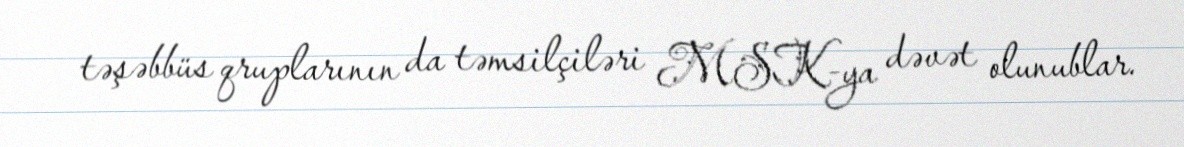
təşəbbüs qruplarının da təmsilçiləri MSK-ya dəvət olunublar.